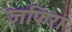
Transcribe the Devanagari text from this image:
ज़फिरा